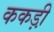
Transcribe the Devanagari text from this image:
ककड़ी़